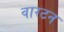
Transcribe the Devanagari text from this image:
वारटन